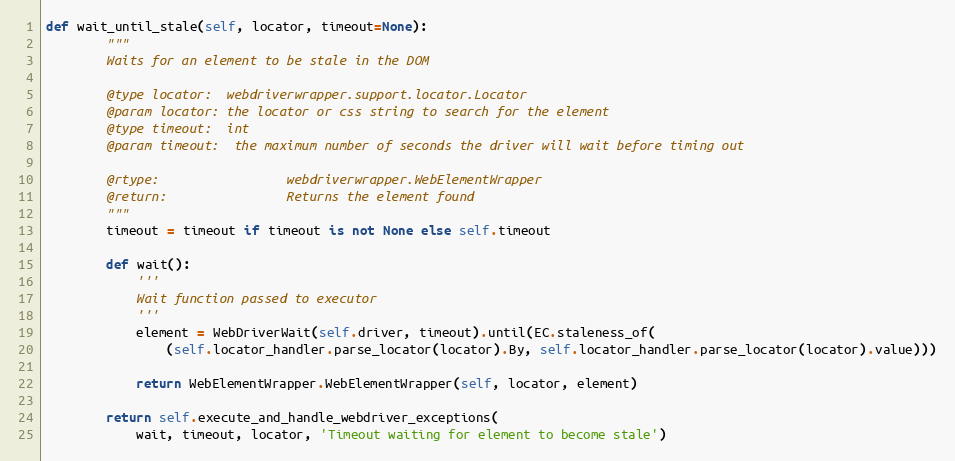
Language: Python
def wait_until_stale(self, locator, timeout=None):
        """
        Waits for an element to be stale in the DOM

        @type locator:  webdriverwrapper.support.locator.Locator
        @param locator: the locator or css string to search for the element
        @type timeout:  int
        @param timeout:  the maximum number of seconds the driver will wait before timing out

        @rtype:                 webdriverwrapper.WebElementWrapper
        @return:                Returns the element found
        """
        timeout = timeout if timeout is not None else self.timeout

        def wait():
            '''
            Wait function passed to executor
            '''
            element = WebDriverWait(self.driver, timeout).until(EC.staleness_of(
                (self.locator_handler.parse_locator(locator).By, self.locator_handler.parse_locator(locator).value)))

            return WebElementWrapper.WebElementWrapper(self, locator, element)

        return self.execute_and_handle_webdriver_exceptions(
            wait, timeout, locator, 'Timeout waiting for element to become stale')